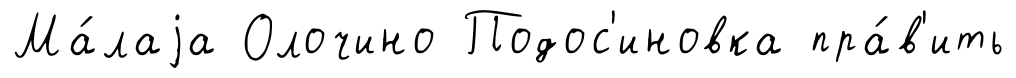
Ма́лаjа Олочино Подос'иновка пра́в'ить